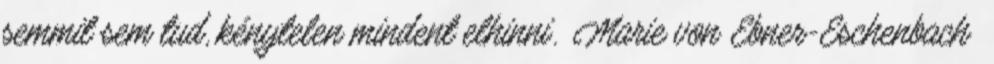
semmit sem tud, kénytelen mindent elhinni. Marie von Ebner-Eschenbach